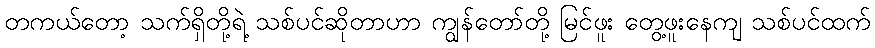
တကယ်တော့ သက်ရှိတို့ရဲ့ သစ်ပင်ဆိုတာဟာ ကျွန်တော်တို့ မြင်ဖူး တွေ့ဖူးနေကျ သစ်ပင်ထက်